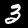
Label: 3